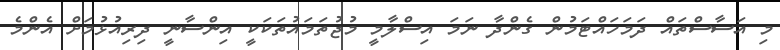
މި އަސާސްތައް ދަމަހައްޓަމުން ގެންދާ ނަމަ އިސްލާމީ މުޖުތަމައުތަކަކީ އިންސާނީ ދިރިއުޅުމަށް އެންމެ